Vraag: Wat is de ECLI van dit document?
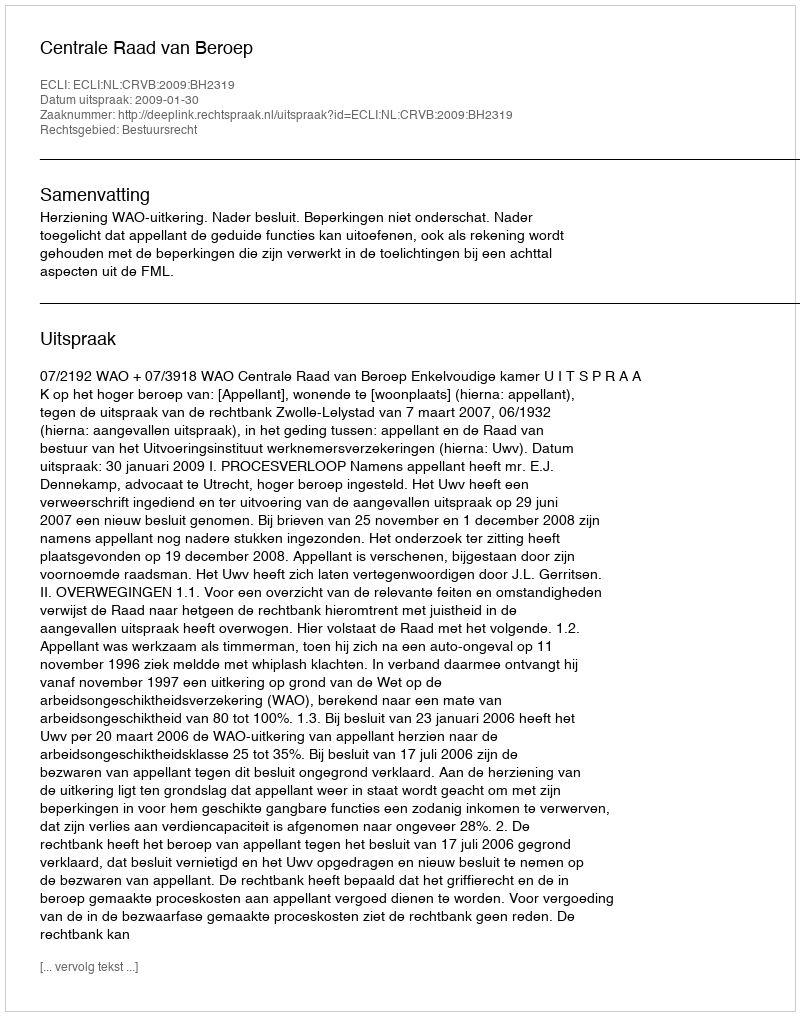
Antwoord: ECLI:NL:CRVB:2009:BH2319